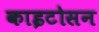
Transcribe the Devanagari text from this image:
काइटोसन